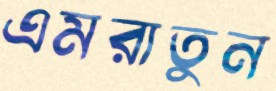
এমরাতুন